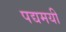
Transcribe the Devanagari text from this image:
पद्यमयी